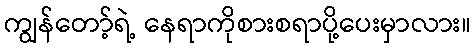
ကျွန်တော့်ရဲ့ နေရာကိုစားစရာပို့ပေးမှာလား။